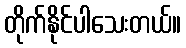
တိုက်နိုင်ပါသေးတယ်။